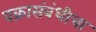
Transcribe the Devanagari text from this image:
वक्रासंबंधीचा